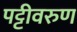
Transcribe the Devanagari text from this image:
पट्टीवरुण